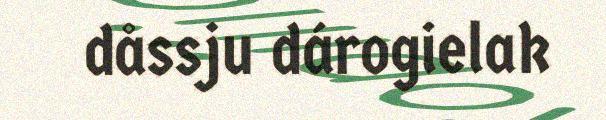
dåssju dárogielak